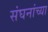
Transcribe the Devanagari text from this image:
संघनांच्या